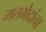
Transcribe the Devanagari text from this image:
मतभेदांचा